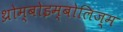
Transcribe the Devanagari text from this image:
थ्रोम्बोइम्बोलिज्म